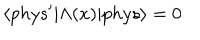
\langle p h y s ^ { \prime } | \Lambda ( x ) | p h y s \rangle = 0